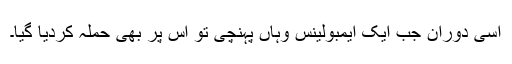
اسی دوران جب ایک ایمبولینس وہاں پہنچی تو اس پر بھی حملہ کردیا گیا۔